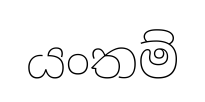
යංතම්